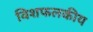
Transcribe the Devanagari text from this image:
विशफलकीय